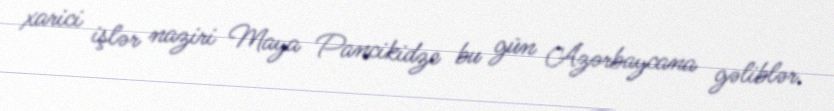
xarici işlər naziri Maya Pancikidze bu gün Azərbaycana gəliblər.